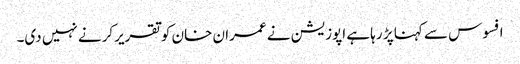
افسوس سے کہنا پڑ رہا ہے اپوزیشن نے عمران خان کوتقریرکرنے نہیں دی۔